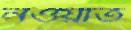
নওয়াত